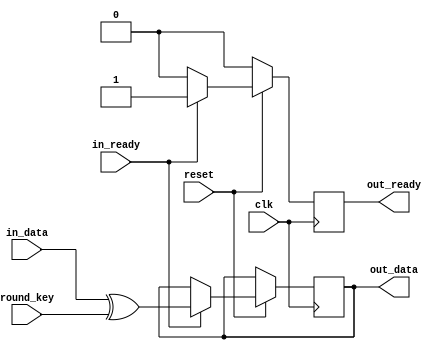
module addRoundKey (clk, reset, in_data, in_ready, round_key, out_data, out_ready);
	input clk, reset;
	input [0:127] in_data;
	input in_ready;
	input [0:127] round_key;
	
	output reg [0:127] out_data;
	output reg out_ready;
	
	always @(posedge clk) begin
		if(reset == 1'b0) begin
			out_ready <= 1'b0;
		end
		else begin
			if(in_ready == 1'b1) begin
				out_data <= in_data ^ round_key;
				out_ready <= 1'b1;
			end
			else 
				out_ready <= 1'b0;	// Out Ready will be valid only for 1 cycle.
		end
	end
endmodule